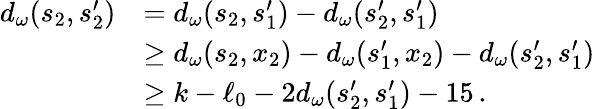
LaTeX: \begin{array}{rl}{d_{\omega}(s_{2},s_{2}^{\prime})}&{=d_{\omega}(s_{2},s_{1}^{\prime})-d_{\omega}(s_{2}^{\prime},s_{1}^{\prime})}\\ &{\ge d_{\omega}(s_{2},x_{2})-d_{\omega}(s_{1}^{\prime},x_{2})-d_{\omega}(s_{2}^{\prime},s_{1}^{\prime})}\\ &{\ge k-\ell_{0}-2d_{\omega}(s_{2}^{\prime},s_{1}^{\prime})-15\, .}\end{array}